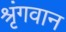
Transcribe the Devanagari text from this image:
श्रृंगवान